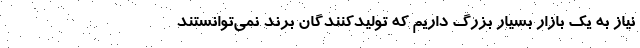
نیاز به یک بازار بسیار بزرگ داریم که تولیدکنندگان برند نمی‌توانستند